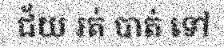
ជ័យ រត់ បាត់ ទៅ